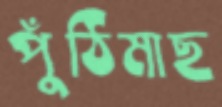
পুঁঠিমাছ